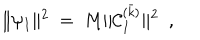
\| \psi _ { I } \| ^ { 2 } { } ~ = ~ M \| { \cal C } _ { I } ^ { ( \bar { k } ) } \| ^ { 2 } \ \ ,